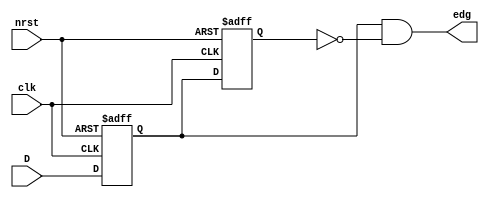
module t06_edgeDetect (
	D,
	clk,
	nrst,
	edg
);
	reg _sv2v_0;
	input wire D;
	input wire clk;
	input wire nrst;
	output reg edg;
	reg Q1;
	reg Q2;
	reg Q1_n;
	reg Q2_n;
	always @(*) begin
		if (_sv2v_0)
			;
		Q1_n = D;
		Q2_n = Q1;
	end
	always @(posedge clk or negedge nrst)
		if (~nrst) begin
			Q1 <= 1'b0;
			Q2 <= 1'b0;
		end
		else begin
			Q1 <= Q1_n;
			Q2 <= Q2_n;
		end
	always @(*) begin
		if (_sv2v_0)
			;
		edg = Q1 & ~Q2;
	end
	initial _sv2v_0 = 0;
endmodule